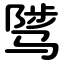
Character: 骘